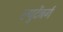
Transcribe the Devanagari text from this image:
ल्युटेंबर्ग